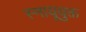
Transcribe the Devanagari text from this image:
स्नायूयुक्त